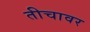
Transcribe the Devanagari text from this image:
तीचावर